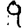
Digit: 9